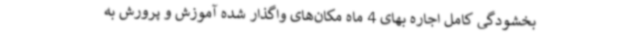
بخشودگی کامل اجاره بهای 4 ماه مکان‌های واگذار شده آموزش و پرورش به